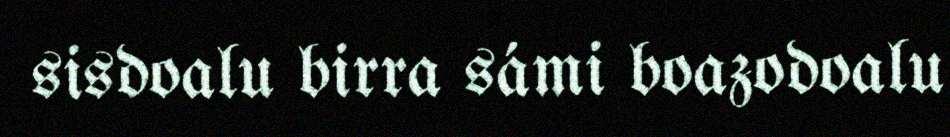
sisdoalu birra sámi boazodoalu